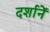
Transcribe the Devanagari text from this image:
दर्शानें